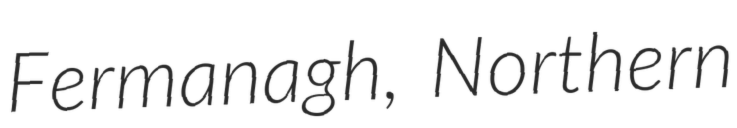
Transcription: Fermanagh, Northern